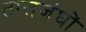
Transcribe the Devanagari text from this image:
तालजंघों